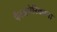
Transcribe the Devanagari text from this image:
पैनअमेरिकाना